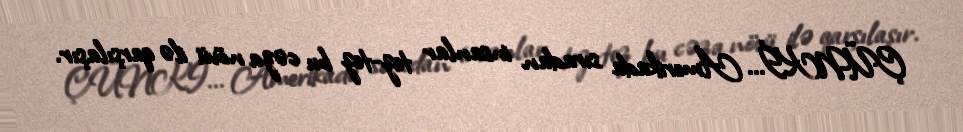
ÇÜNKİ... Amerikada sıradan insanlar tez-tez bu cəza növü ilə qarşılaşır.